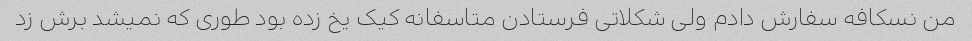
من نسکافه سفارش دادم ولی شکلاتی فرستادن متاسفانه کیک یخ زده بود طوری که نمیشد برش زد